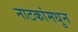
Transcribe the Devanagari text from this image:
नाटकांमधुन